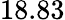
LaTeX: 18.83